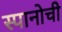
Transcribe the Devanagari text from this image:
स्पानोची